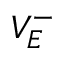
V _ { E } ^ { - }